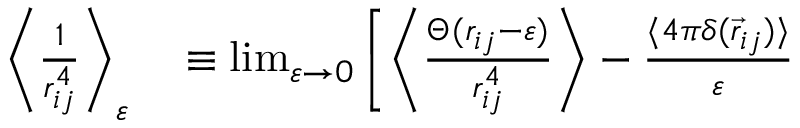
\begin{array} { r l } { \bigg \langle \frac { 1 } { r _ { i j } ^ { 4 } } \bigg \rangle _ { \varepsilon } } & { { } \equiv \operatorname* { l i m } _ { \varepsilon \rightarrow 0 } \Bigg [ \Bigg \langle \frac { \Theta ( r _ { i j } - \varepsilon ) } { r _ { i j } ^ { 4 } } \Bigg \rangle - \frac { \langle 4 \pi \delta ( \vec { r } _ { i j } ) \rangle } { \varepsilon } } \end{array}